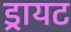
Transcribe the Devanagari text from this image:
ड्रायट